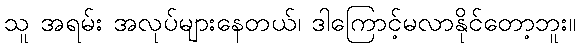
သူ အရမ်း အလုပ်များနေတယ်၊ ဒါကြောင့်မလာနိုင်တော့ဘူး။